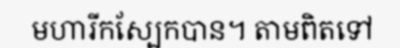
មហារីកស្បែកបាន។ តាមពិតទៅ